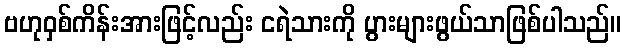
ဗဟုဝှစ်ကိန်းအားဖြင့်လည်း ငရဲသားကို ပွားများဖွယ်သာဖြစ်ပါသည်။